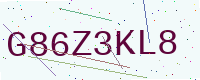
Text: G86Z3KL8